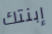
إبنتك